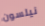
نيلسون